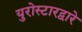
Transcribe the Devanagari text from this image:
युरोस्टारद्वारे